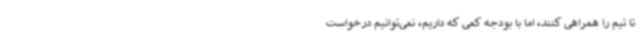
تا تیم را همراهی کنند، اما با بودجه کمی که داریم، نمی‌توانیم درخواست